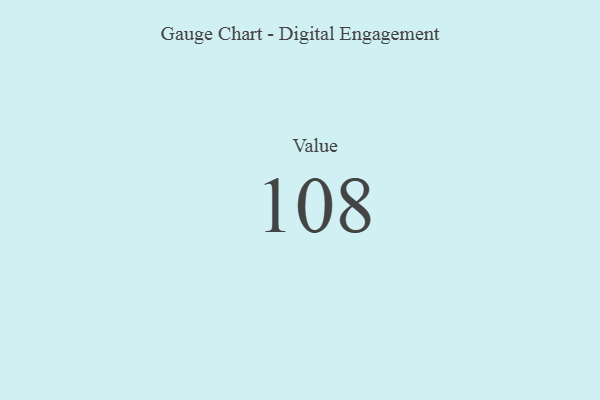
{"axis": {"x": "Metric", "y": "Value"}, "legend": [""], "data": [{"x": "Value", "y": 108, "type": ""}]}